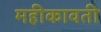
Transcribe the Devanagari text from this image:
महीकावती